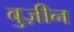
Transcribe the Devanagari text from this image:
बुज़ीन